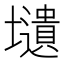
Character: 壝